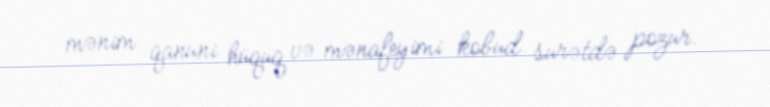
mənim qanuni hüquq və mənafeyimi kobud surətdə pozur.